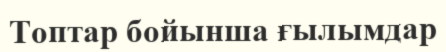
Топтар бойынша ғылымдар